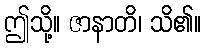
ဤသို့။ ဇာနာတိ၊ သိ၏။